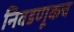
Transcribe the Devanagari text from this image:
निवडणूकच